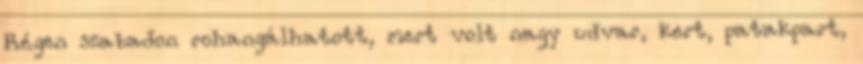
Régen szabadon rohangálhatott, mert volt nagy udvar, kert, patakpart,